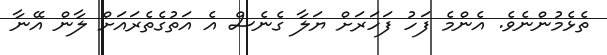
ތެޅެމުންނެވެ. އެންމެ ފަހު ފަހަރަށް ޔަލާ ގެނެސް އެ އަތުގެތެރައަށް ލާން އޭނާ